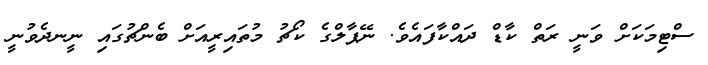
ސްޓިމަކަށް ވަނީ ރަތް ކާޑް ދައްކާފައެވެ. ނޭޕާލްގެ ކޯޗު މުތައިރީއަށް ބެންޗުގައި ނީނދެވުނީ